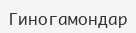
Гиногамондар